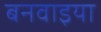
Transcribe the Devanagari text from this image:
बनवाइया